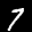
Label: 7